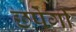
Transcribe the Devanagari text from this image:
छपेगी